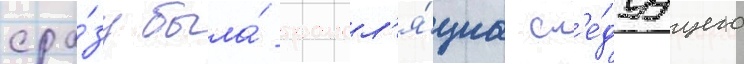
сра́зу была́ трансл'я́циа сл'е́дуущего